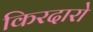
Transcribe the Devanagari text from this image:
किरदारो